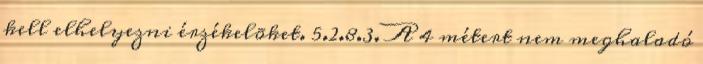
kell elhelyezni érzékelõket. 5.2.8.3. A 4 métert nem meghaladó